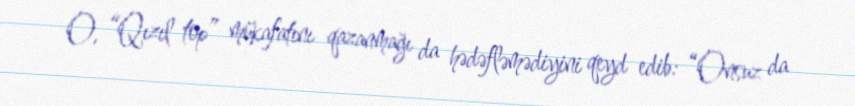
O, “Qızıl top” mükafatını qazanmağı da hədəfləmədiyini qeyd edib: “Onsuz da